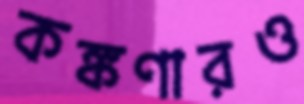
কঙ্কণারও